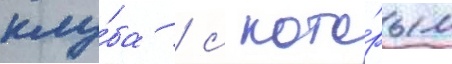
клу́ба / с кото́рым